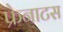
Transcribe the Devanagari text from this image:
फ्रेनाटस